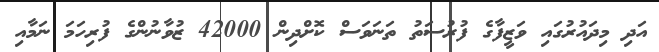
އަދި މިދައުރުގައި ވަޒީފާގެ ފުރުސަތު ތަނަވަސް ކޮށްދިން 42000 ޒުވާނުންގެ ފުރިހަމަ ނަމާއި